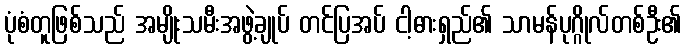
ပုံစံတူဖြစ်သည် အမျိုးသမီးအဖွဲ့ချုပ် တင်ပြအပ် ငါ့ဓားရှည်၏ သာမန်ပုဂ္ဂိုလ်တစ်ဦး၏